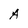
Character: A